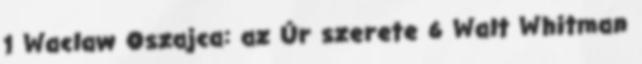
1 Waclaw Oszajca: az Úr szerete 6 Walt Whitman